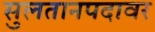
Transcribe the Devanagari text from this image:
सुलतानपदावर